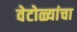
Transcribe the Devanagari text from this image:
वेटोळ्यांचा